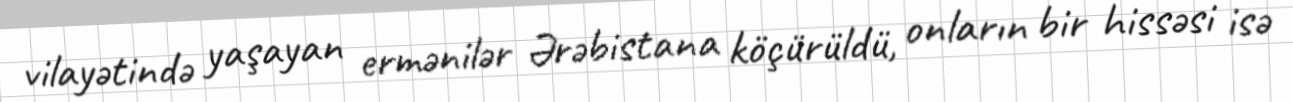
vilayətində yaşayan ermənilər Ərəbistana köçürüldü, onların bir hissəsi isə